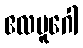
ဧလမူဂေါ